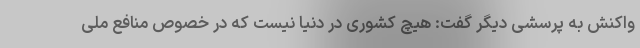
واکنش به پرسشی دیگر گفت: هیچ کشوری در دنیا نیست که در خصوص منافع ملی